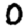
Digit: 0